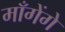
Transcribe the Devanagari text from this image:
माँगेंगे